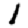
Digit: 1